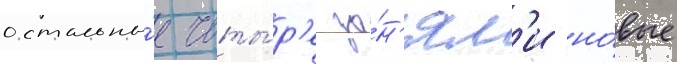
остальны́е четы́р'е за́н'ял'и но́вые